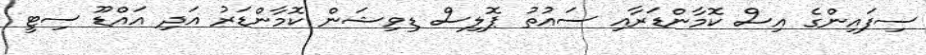
ސިފައިންގެ އިސް ކޮމާންޑަރާއި ސައުތު ޕޮލިސް ޑިވިޝަން ކޮމާންޑަރު އަދި އައްޑޫ ސިޓީ